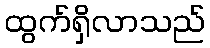
ထွက်ရှိလာသည်